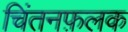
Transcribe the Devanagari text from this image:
चिंतनफ़लक